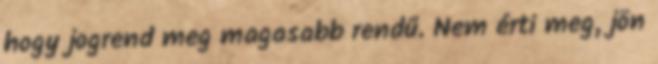
hogy jogrend meg magasabb rendű. Nem érti meg, jön